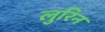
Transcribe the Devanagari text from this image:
लुरिन